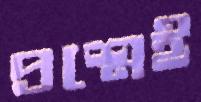
প্রশ্নেই